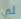
لي